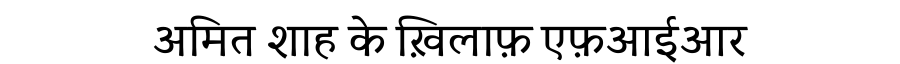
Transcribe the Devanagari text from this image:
अमित शाह के ख़िलाफ़ एफ़आईआर